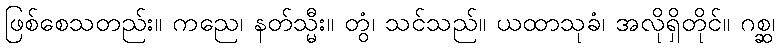
ဖြစ်စေသတည်း။ ကညေ၊ နတ်သ္မီး။ တွံ၊ သင်သည်။ ယထာသုခံ၊ အလိုရှိတိုင်။ ဂစ္ဆ၊